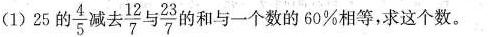
（1）25的 \frac{4}{5} 减去 \frac{12}{7} 与 \frac{23}{7} 的和与一个数的60%相等，求这个数。